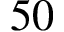
5 0